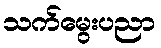
သက်မွေးပညာ